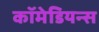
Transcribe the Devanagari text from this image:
कॉमेडियन्स